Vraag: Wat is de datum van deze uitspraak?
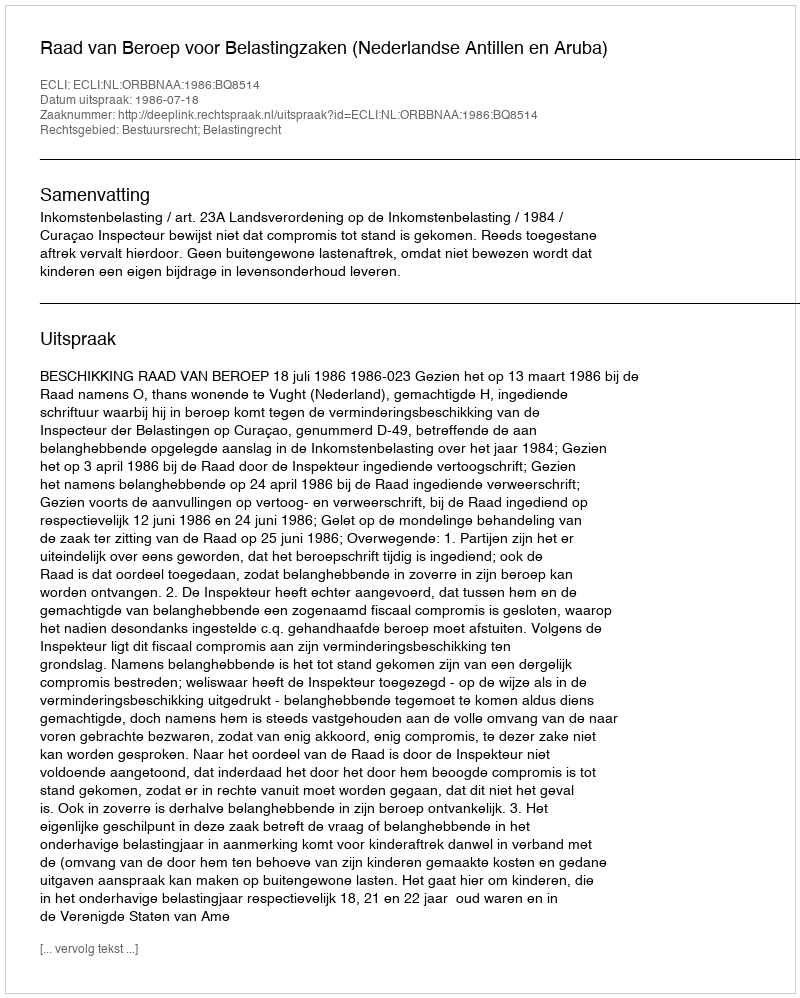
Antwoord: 1986-07-18